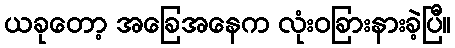
ယခုတော့ အခြေအနေက လုံးဝခြားနားခဲ့ပြီ။